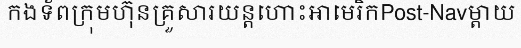
កងទ័ពក្រុមហ៊ុនគ្រួសារយន្តហោះអាមេរិកPost-Navម្តាយ